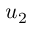
u _ { 2 }